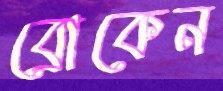
ব্রোকেন